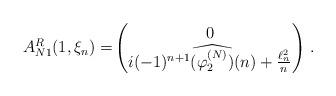
LaTeX: \begin{align*}A_{N1}^R(1,\xi_n)=& \begin{pmatrix}0 \\ i(-1)^{n+1}\widehat{(\varphi_2^{(N)})}(n) + \frac{\ell^2_n }{n}\end{pmatrix} \, .\end{align*}